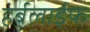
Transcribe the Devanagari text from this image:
हर्बलाईफ